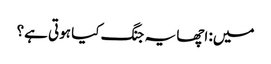
میں: اچھا یہ جنگ کیا ہوتی ہے؟